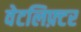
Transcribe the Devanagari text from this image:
वेटलिफ़्टर